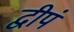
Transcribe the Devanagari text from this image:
द्वीपं